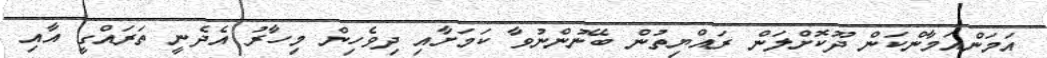
އަމަންއަމާންކަން ދޫކޮށްލަން ރައްޔިތުން ބޭނުންނުވާ ކަމަށާއި ދިވެހިން މިހާރު އެދެނީ ތަރައްގީ އާއި